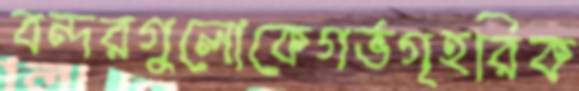
বন্দরগুলোকেগর্ভগৃহরিক